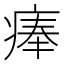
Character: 𤷰